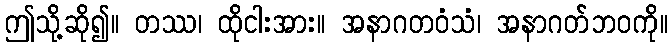
ဤသို့ဆို၍။ တဿ၊ ထိုငါးအား။ အနာဂတဝံသံ၊ အနာဂတ်ဘဝကို။